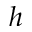
h